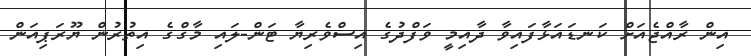
އިން ރާއްޖެއަށް ކަނޑައަޅާފައިވާ ދާއިމީ ވަފްދުގެ އިސްވެރިޔާ ޓަން-ލައި މާގްގެ އިތުރުން ޔޫރަޕިއަން